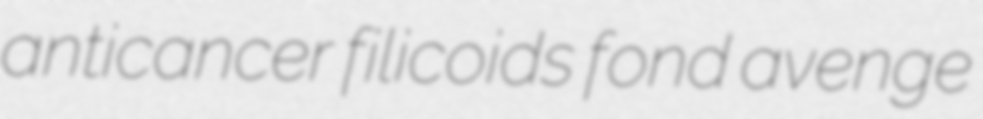
anticancer filicoids fond avenge